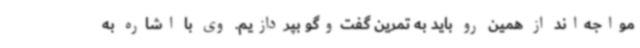
مواجه‌اند از همین رو باید به تمرین گفت‌وگو بپردازیم. وی با اشاره به